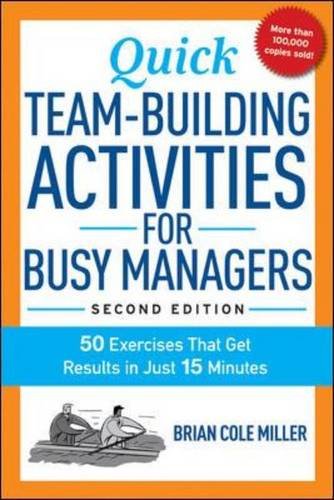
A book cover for Quick Team-Building Activities for Busy Managers: 50 Exercises That Get Results in Just 15 Minutes; Brian Cole Miller; Business & Money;